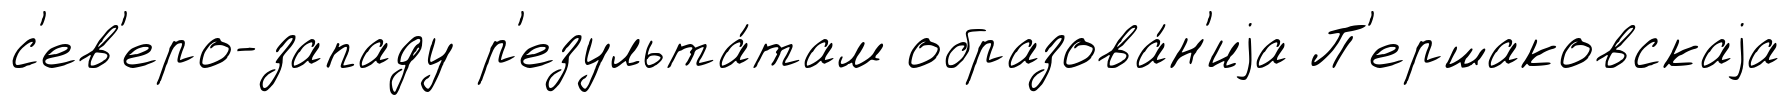
с'ев'еро-западу р'езульта́там образова́н'иjа П'ершаковскаjа